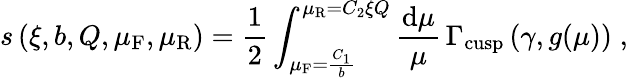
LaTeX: s\left(\xi,b,Q,\mu_{\mathrm{F}},\mu_{\mathrm{R}}\right)=\frac{1}{2}\int_{\mu_{\mathrm{F}}=\frac{C_{1}}{b}}^{\mu_{\mathrm{R}}=C_{2}\xi Q}\frac{\mathrm{d}\mu}{\mu}\, \Gamma_{\mathrm{cusp}}\left(\gamma,g(\mu)\right)\; ,